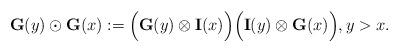
LaTeX: \begin{align*}\mathbf{G}(y)\odot\mathbf{G}(x):=\Big(\mathbf{G}(y)\otimes\mathbf{I}(x)\Big)\Big(\mathbf{I}(y)\otimes\mathbf{G}(x)\Big), y>x. \end{align*}